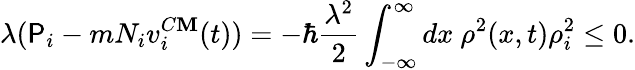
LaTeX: \lambda(\mathsf{P}_{i}-mN_{i}v_{i}^{C\mathbf{M}}(t))=-\hbar\frac{{\lambda^{2}}}{{2}}\int_{-\infty}^{\infty}dx~\rho^{2}(x,t)\rho_{i}^{2}\le0.